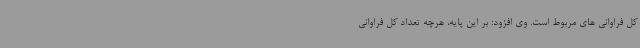
کل فراوانی های مربوط است. وی افزود: بر این پایه، هرچه تعداد کل فراوانی